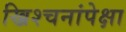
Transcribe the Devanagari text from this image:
ख्रिश्चनांपेक्षा